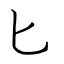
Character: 匕